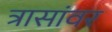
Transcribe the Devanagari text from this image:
त्रासांवर